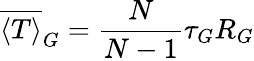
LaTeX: \overline{{\langle T\rangle}}_{G}=\frac{N}{N-1}\tau_{G}R_{G}